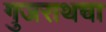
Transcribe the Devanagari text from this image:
गुजराथचा